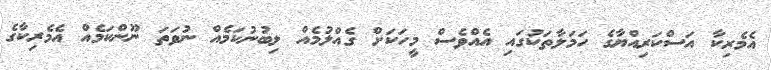
އެމެރިކާ އަސްކަރިއްޔާގެ ހަމަލާތަކުގައި އެއްވެސް މީހަކަށް ގެއްލުމެއް ލިބުނުކަމެއް ނުވަތަ ނޫންކަމެއް އެމެރިކާގެ